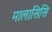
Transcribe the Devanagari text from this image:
मालासिसि